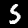
Digit: 5